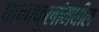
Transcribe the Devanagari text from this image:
पानाफुलांमधील